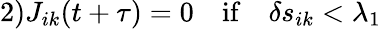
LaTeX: \mathrm{2)}J_{ik}(t+\tau)=0\quad\mathrm{if}\quad\delta s_{ik}<\lambda_{1}